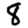
Digit: 8